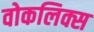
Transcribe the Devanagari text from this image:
वोकलिक्स